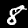
Digit: 8